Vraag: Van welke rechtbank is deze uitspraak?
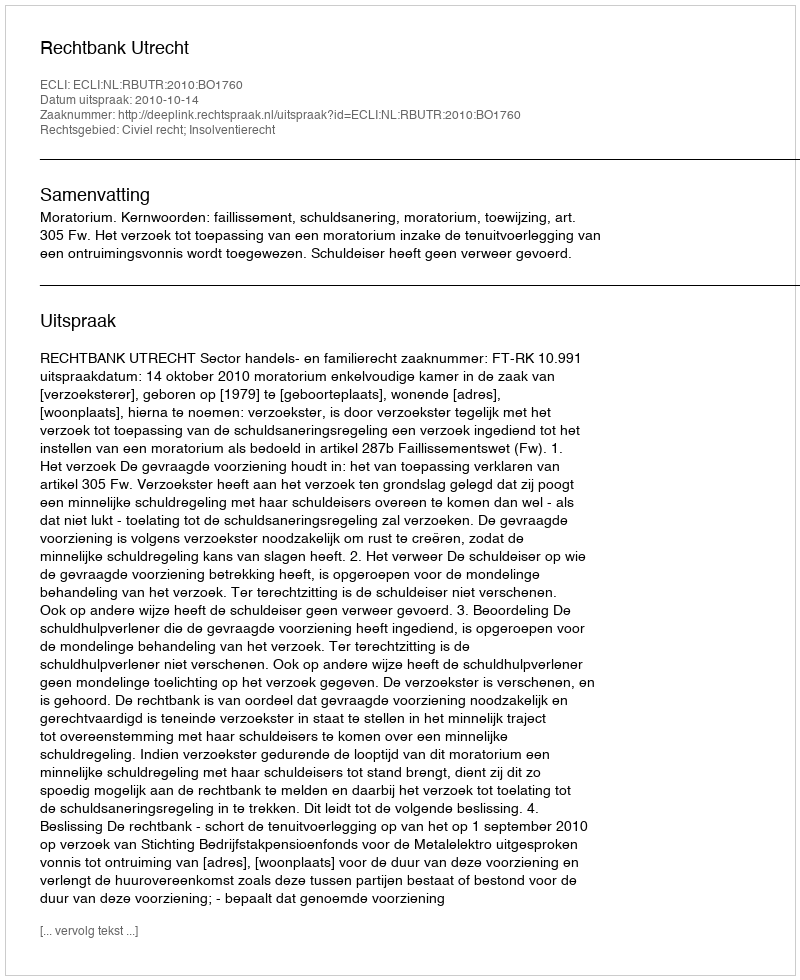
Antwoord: Rechtbank Utrecht